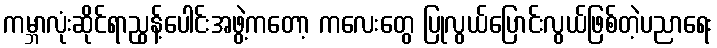
ကမ္ဘာလုံးဆိုင်ရာညွန့်ပေါင်းအဖွဲ့ကတော့ ကလေးတွေ ပြုလွယ်ပြောင်းလွယ်ဖြစ်တဲ့ပညာရေး